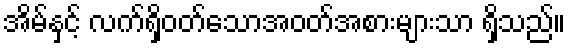
အိမ်နှင့် လက်ရှိဝတ်သောအဝတ်အစားများသာ ရှိသည်။